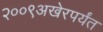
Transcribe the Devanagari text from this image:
२००९अखेरपर्यंत